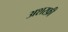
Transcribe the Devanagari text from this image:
अशरफ़ी